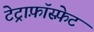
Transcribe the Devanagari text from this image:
टेट्राफ़ॉस्फ़ेट